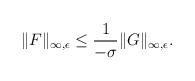
LaTeX: \begin{align*}\| F\|_{\infty,\epsilon}\leq\frac {1}{-\sigma}\| G\|_{\infty,\epsilon}.\end{align*}